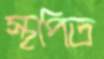
স্থপিত